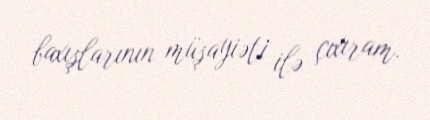
baxışlarının müşayiəti ilə çıxıram.